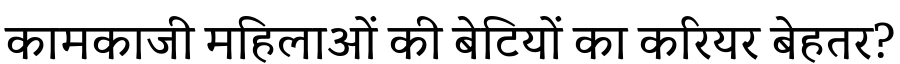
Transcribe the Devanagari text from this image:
कामकाजी महिलाओं की बेटियों का करियर बेहतर?